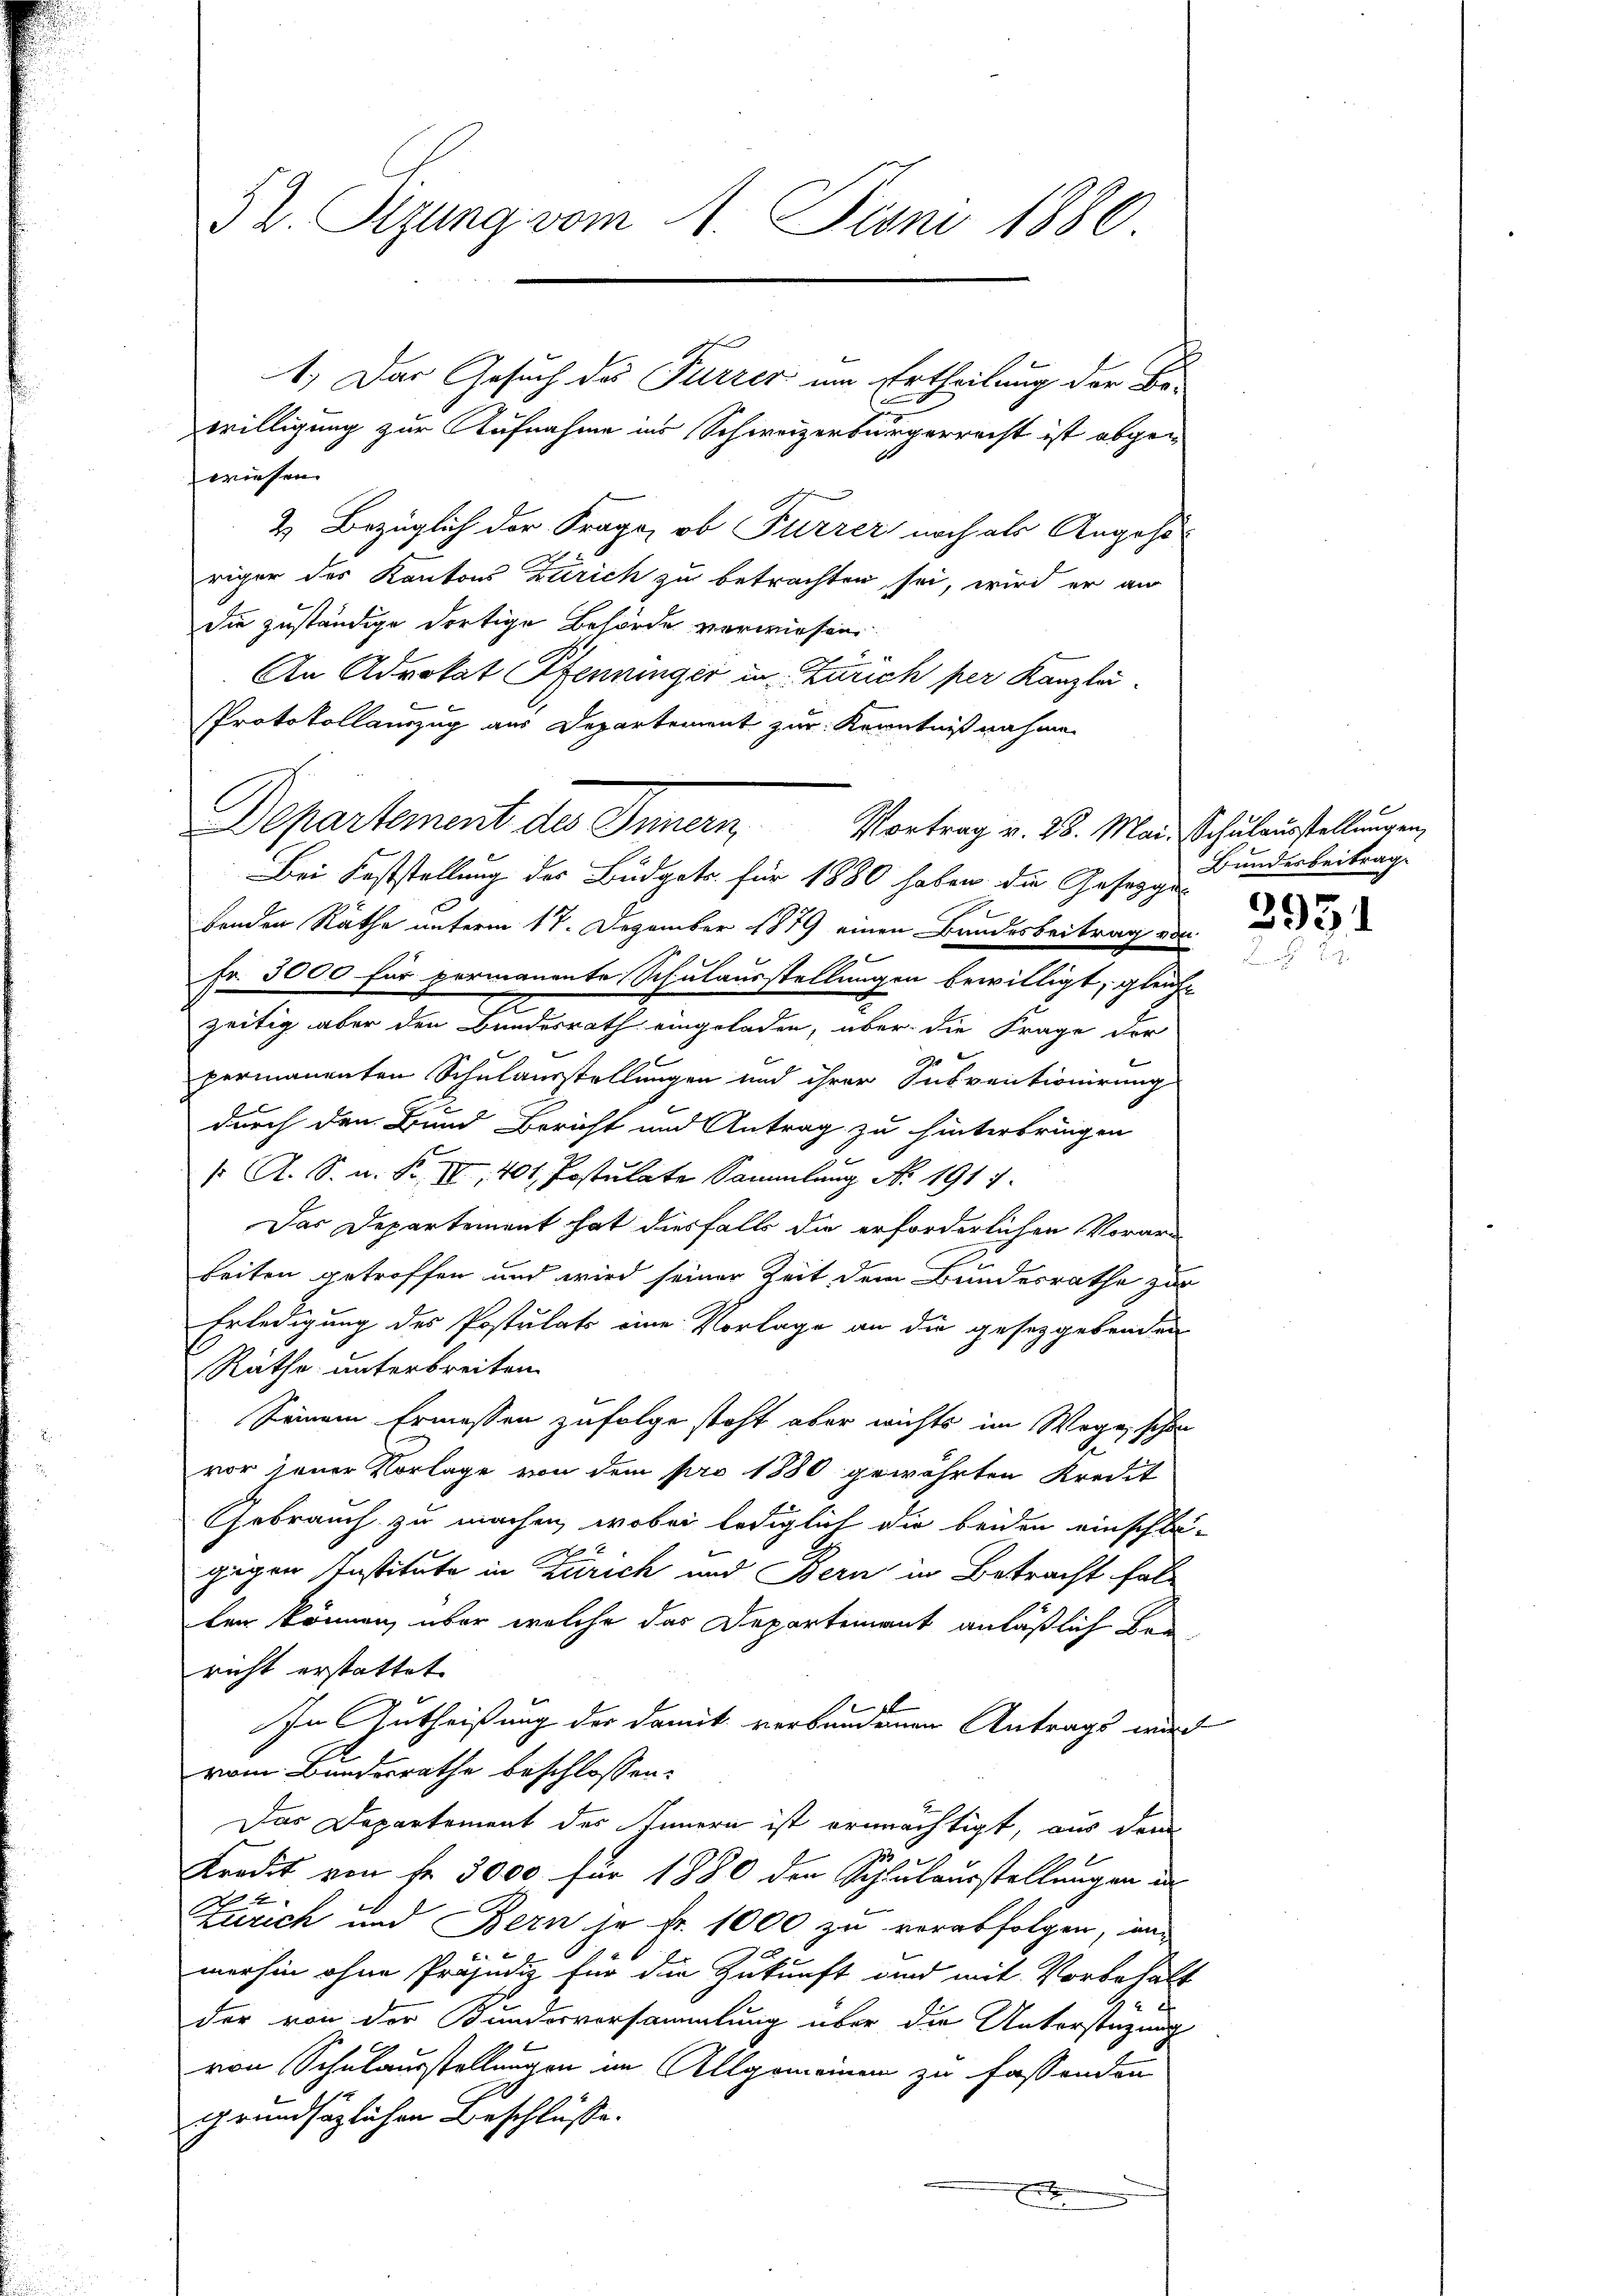
52. Setzung vom 1. Juni 1880.

1.) Das Gesuch des Furrer um Ertheilung der Be-
u
willigung zur Aufnahme ins Schweizerbürgerrecht ist abgewiesen.
2. Bezüglich der Frage, ob Furrer noch als Angehöriger des Kantons Zürich zu betrachten sei, wird er au
die zuständige dortige Behörde verwiesen
An Advokat Pfenninger in Zürich per Kanzlei-
imer in
Protokollauszug aus Departement zur Kenntnißnahme
Bei Feststellung des Budgets für 1880 haben die Gesetzge
fenden Räthe unterm 17. Dezember 1879 einen Bandesbeitrag ode
2
Fr. 3000 für permanente Schulausstellungen bewilligt, gleiche
g
zeitig aber den Bundesrath eingeladen, über die Frage der
l
permanenten Schulausstellungen und ihrer Subventionirung
durch den Bund Bericht und Antrag zu hinterbringen
/. A. S. n. F. III, 401. Postulate Sammlung No. 191 f.
Das Departement hat diesfalls die erforderlichen Vorar
beiten getroffen und wird seiner Zeit dem Bundesrathe zur
Erledigung des Postulats eine Vorlage an die gesetzgebenden
Räthe unterbreiten.
Seinem Ermessen zufolge steht aber wichts im Wege schon
vor jener Vorlage von dem pro 1880 gewährten Kredit
Gebrauch zu machen, wobei lediglich die beiden einschlagigen Institute in Zürich und Bern in Betracht fall
ler können, über welche das Departement anläßlich Ber
richt erstattet
In Gutheißung der damit verbandenen Antrags wird
vom Bundesrathe beschlossen:
Das Departement des Innern ist ermächtigt, aus dem
n
Kredit von Fr. 3000 für 1880 den Schulausstellungen in
Zürich und Bern je Fr. 1000 zu verabfolgen, inn
merhin ohne Präjudiz für die Zukunft und mit Vorbehalt

der von der Kunderversammlung über die Unterstüzung
von Schulausstellungen im Allgemeinen zu fassenden
grundsätzlichen Beschlüsse.
x

Departement des Innern Vortrag v. 18. Mai Schuleurstellungen,

Bundesbeitrag.

3931